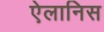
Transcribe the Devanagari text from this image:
ऐलानिस